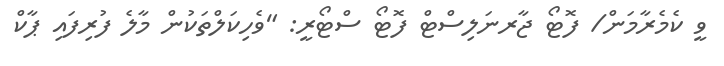
ވީ ކެމެރާމަން/ ފޮޓޯ ޖާރނަލިސްޓް ފޮޓޯ ސްޓޯރީ: "ވެހިކަލްތަކުން މާލެ ފުރިފައި ޕާކް